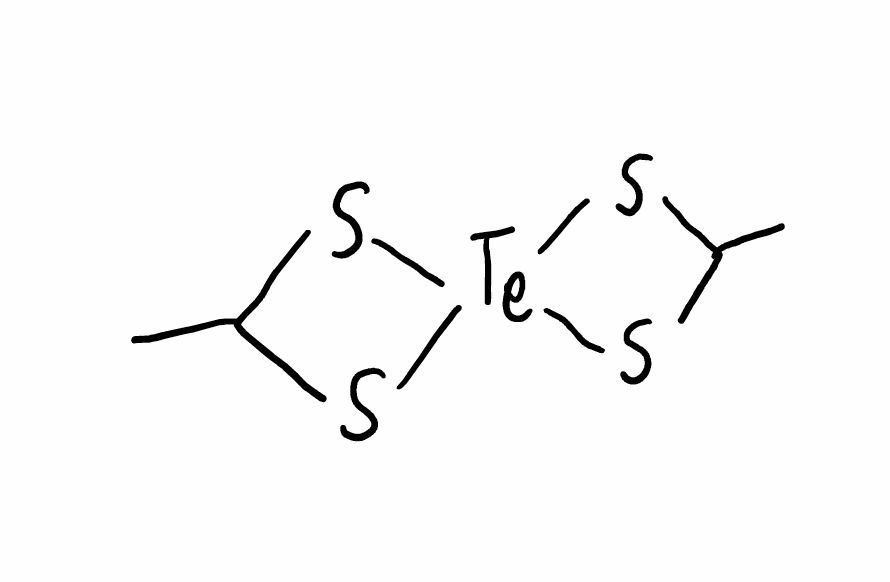
Simplified molecular-input line-entry system (SMILES) notation of the given molecule:
CC1S[Te]2(S1)SC(S2)C